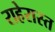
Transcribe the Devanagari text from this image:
राहेरास्त